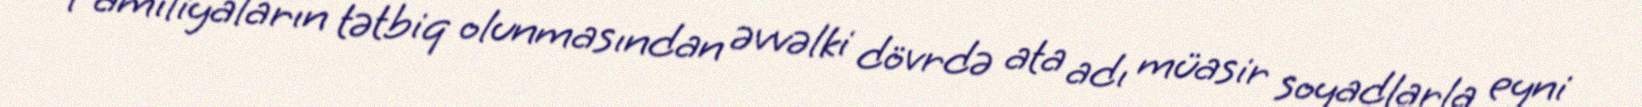
Familiyaların tətbiq olunmasından əvvəlki dövrdə ata adı müasir soyadlarla eyni